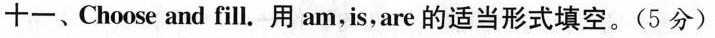
十一、Choose and fill.用am,is,are的适当形式填空。(5分)